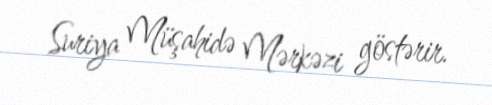
Suriya Müşahidə Mərkəzi göstərir.